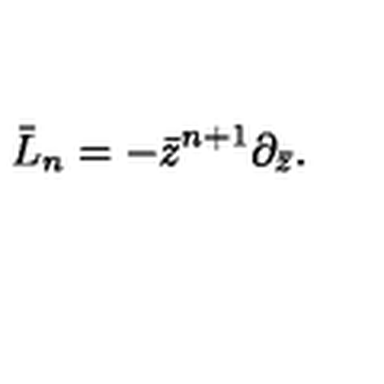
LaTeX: \bar { L } _ { n } = - \bar { z } ^ { n + 1 } \partial _ { \bar { z } } .